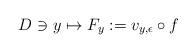
LaTeX: \begin{align*}D\ni y\mapsto F_y:=v_{y,\epsilon}\circ f\end{align*}